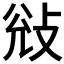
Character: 𭣭